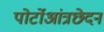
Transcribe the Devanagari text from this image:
पोर्टोआंत्रछेदन